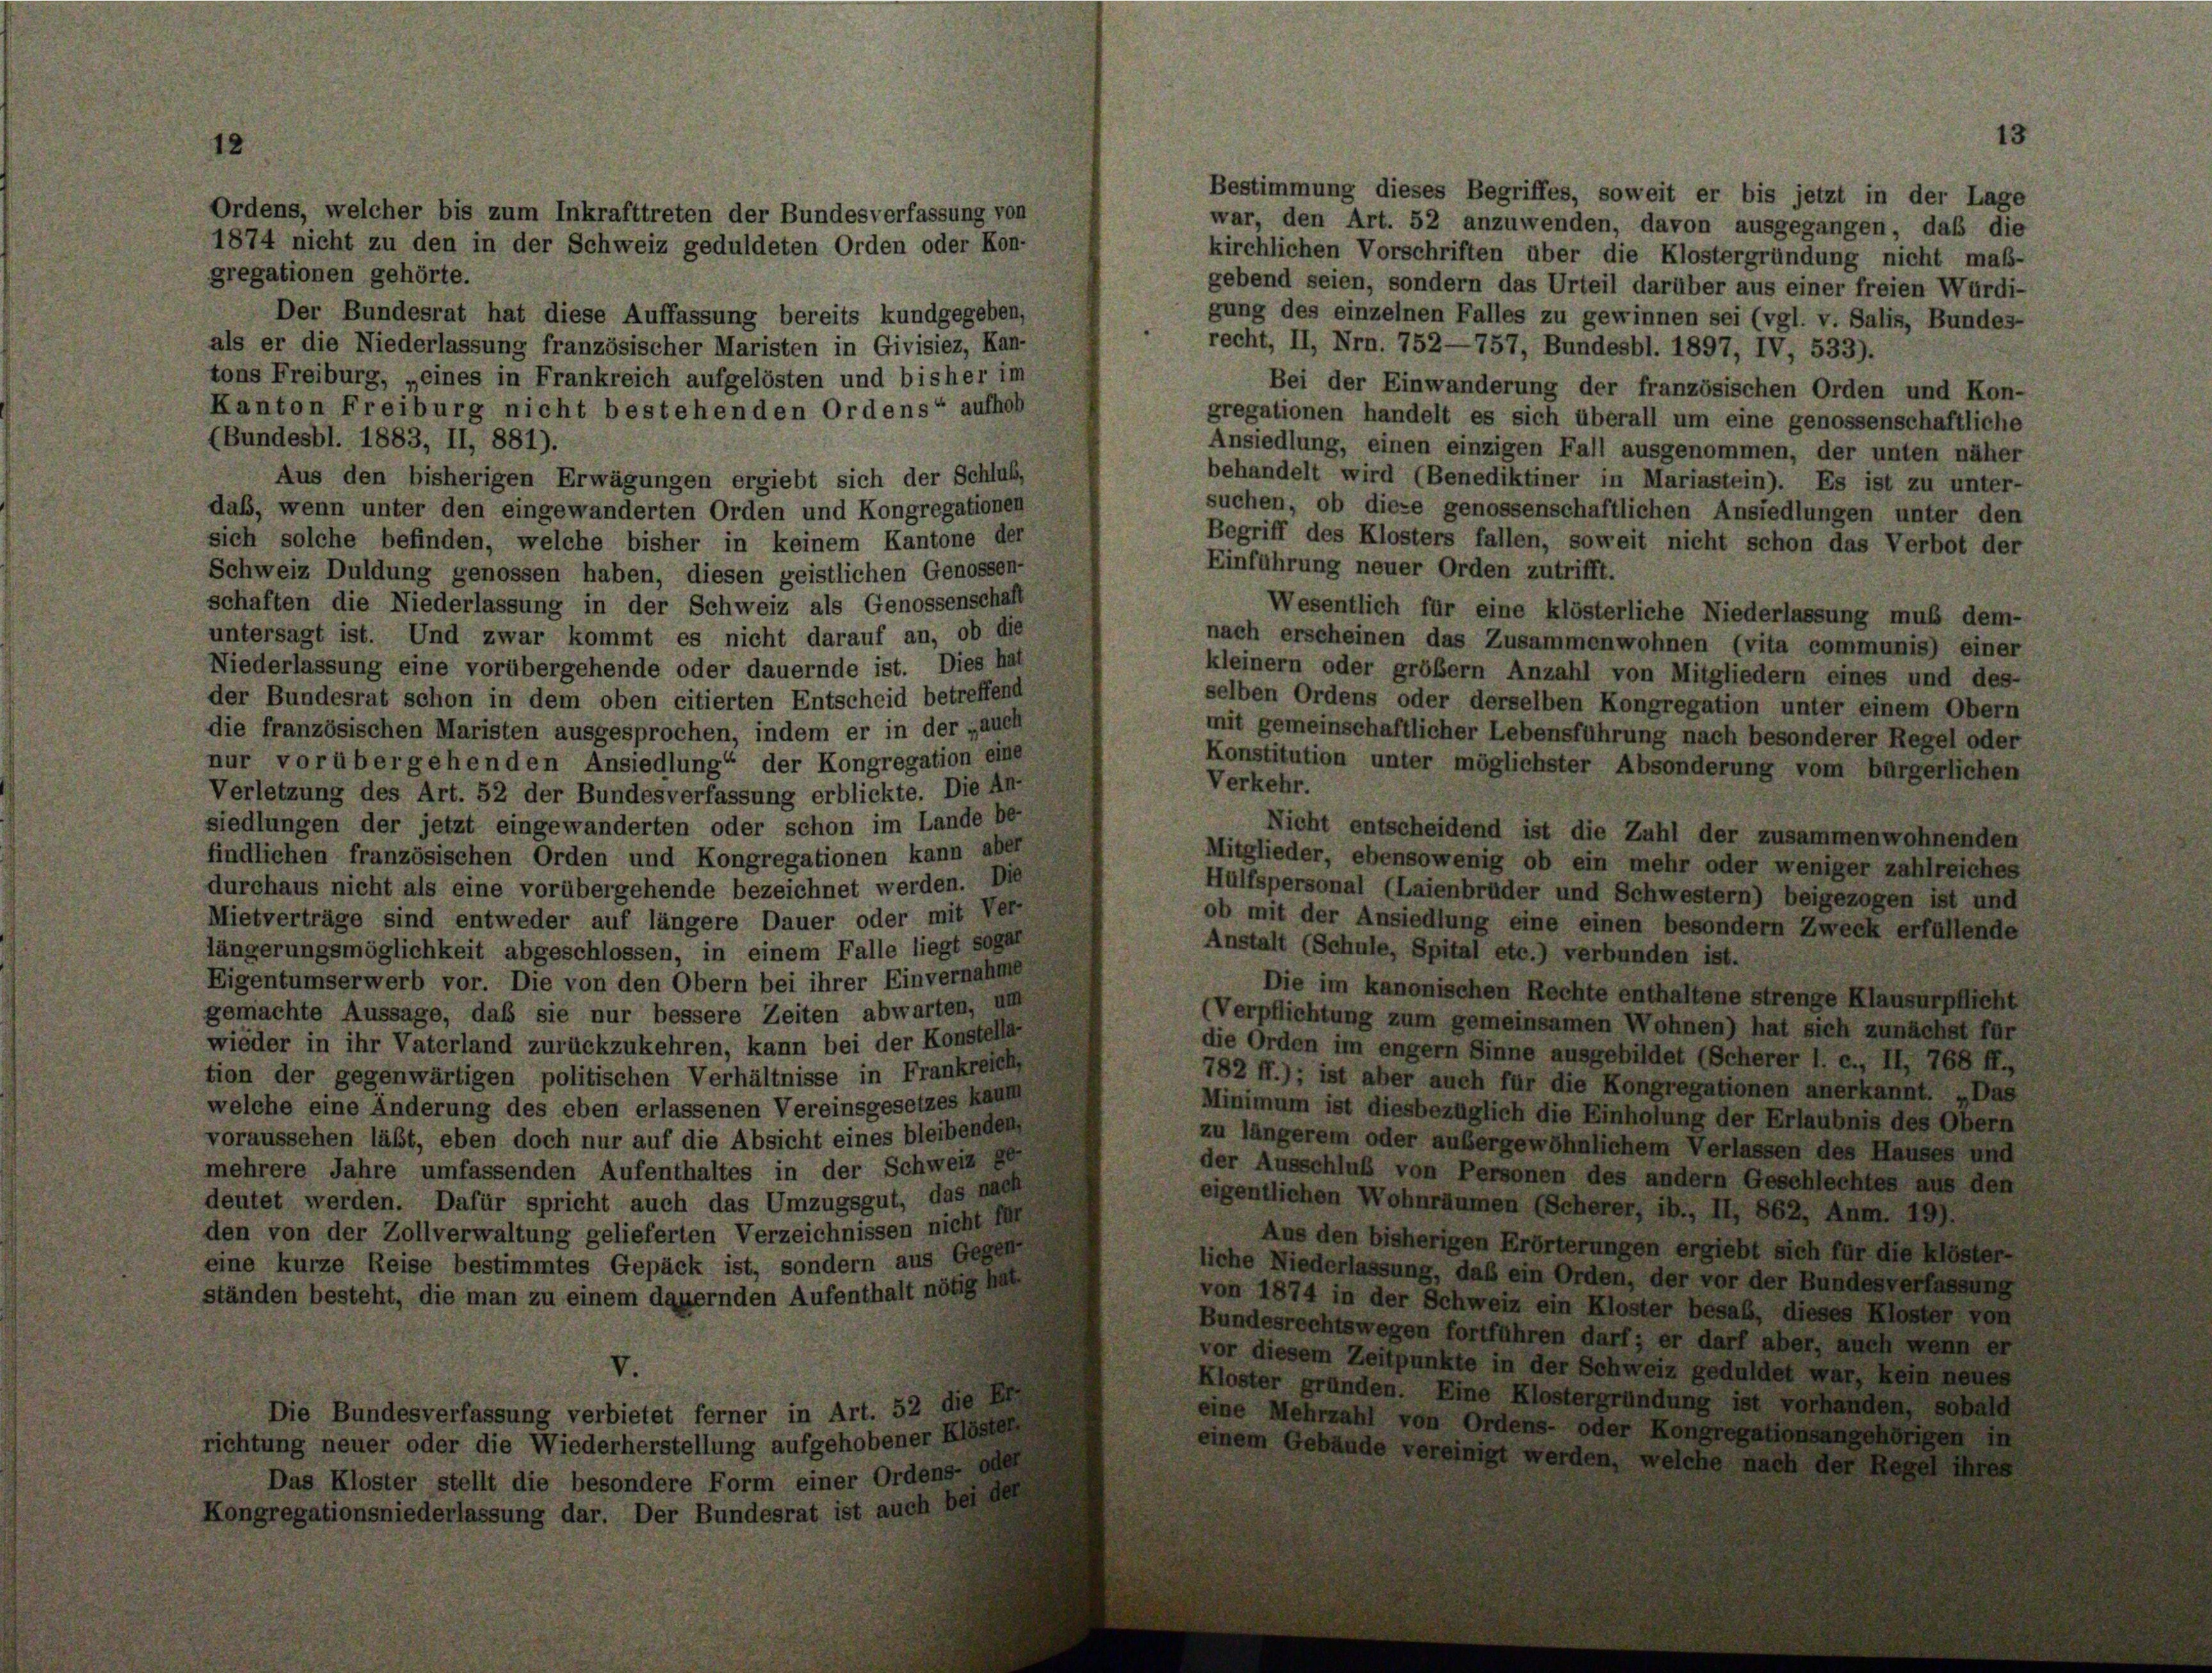
Bestimmung dieses Begriffes, soweit er bis jetzt in der Lage
war, den Art. 52 anzuwenden, davon ausgegangen, daß die
kirchlichen Vorschriften über die Klostergründung nicht maß-
gregationen gehörte.
gebend seien, sondern das Urteil darüber aus einer freien Wurdi-
Der Bundesrat hat diese Auffassung bereits kundgegeben,
gung des einzelnen Falles zu gewinnen sei (vgl. v. Salis, Bundes-
recht, II, Nr. 752—757, Bundesbl. 1897, IV, 533).
als er die Niederlassung französischer Maristen in Givisiez, Kan-
tons Freiburg, „eines in Frankreich aufgelösten und bisher im
Bei der Einwanderung der französischen Orden und Kon-
Kanton Freiburg nicht bestehenden Ordens“ aufhob
gregationen handelt es sich überall um eine genossenschaftliche
(Bundesbl. 1883, II, 881).
Ansiedlung, einen einzigen Fall ausgenommen, der unten näher
behandelt wird (Benediktiner in Mariastein). Es ist zu unter-
Aus den bisherigen Erwägungen ergiebt sich der Schluß,
suchen, ob diese genossenschaftlichen Ansiedlungen unter den
daß, wenn unter den eingewanderten Orden und Kongregationen
Begriff des Klosters fallen, soweit nicht schon das Verbot der
sich solche befinden, welche bisher in keinem Kantone der
Einführung neuer Orden zutrifft.
Schweiz Duldung genossen haben, diesen geistlichen Genossen-
schaften die Niederlassung in der Schweiz als Genossenschaft
Wesentlich für eine klösterliche Niederlassung muß dem-
untersagt ist. Und zwar kommt es nicht darauf an, ob die
nach erscheinen das Zusammenwohnen (vita communis) einer
Niederlassung eine vorübergehende oder dauernde ist. Dies hat
kleinern oder größer Anzahl von Mitgliedern eines und des-
der Bundesrat schon in dem oben citierten Entscheid betreffend
selben Ordens oder derselben Kongregation unter einem Obern
die französischen Maristen ausgesprochen, indem er in der „auch
mit gemeinschaftlicher Lebensführung nach besonderer Regel oder
nur vorübergehenden Ansiedlung“ der Kongregation eine
Konstitution unter möglichster Absonderung vom bürgerlichen
Verkehr.
Verletzung des Art. 52 der Bundesverfassung erblickte. Die An-
siedlungen der jetzt eingewanderten oder schon im Lande be-
Nicht entscheidend ist die Zuhl der zusammenwohnenden
findlichen französischen Orden und Kongregationen kann aber
Mitglieder, ebensowenig ob ein mehr oder weniger zahlreiches
durchaus nicht als eine vorübergehende bezeichnet werden. Die
Hülfspersonal (Laienbrüder und Schwestern) beigezogen ist und
Mietverträge sind entweder auf längere Dauer oder mit Ver-
ob mit der Ansiedlung eine einen besondern Zweck erfüllende
Anstalt (Schule, Spital etc.) verbunden ist.
längerungsmöglichkeit abgeschlossen, in einem Falle liegt sogar
Eigentumserwerb vor. Die von den Obern bei ihrer Einvernahme
Die im kanonischen Rechte enthaltene strenge Klausurpflicht
gemachte Aussage, daß sie nur bessere Zeiten abwarten, um
(Verpflichtung zum gemeinsamen Wohnen) hat sich zunächst für
wieder in ihr Vaterland zurückzukehren, kann bei der Konstellar
die Orden im engem Sinne ausgebildet (Scherer I. e., II, 768 ff.,
tion der gegenwärtigen politischen Verhältnisse in Frankreich,
782 ff.); ist aber auch für die Kongregationen anerkannt. „Das
welche eine Änderung des eben erlassenen Vereinsgesetzes kaum
Minimum ist diesbezüglich die Einholung der Erlaubnis des Obern
voraussehen läßt, eben doch nur auf die Absicht eines bleibenden
zu längerem oder ausergewöhnlichem Verlassen des Hauses und
mehrere Jahre umfassenden Aufenthaltes in der Schweiz ge
der Ausschluß von Personen des andern Geschlechtes aus den
deutet werden. Dafür spricht auch das Umzugsgut, das nach
eigentlichen Wohnräumen (Scherer, ib., II, 862, Anm. 19).
den von der Zollverwaltung gelieferten Verzeichnissen nicht I
Aus den bisherigen Erörterungen ergiebt sich für die Klöster-
eine kurze Reise bestimmtes Gepäck ist, sondern aus Gegen
liche Niederlassung, daß ein Orden, der vor der Bundesverfassung
von 1874 in der Schw
ständen besteht, die man zu einem dauernden Aufenthalt nötig hat

Ordens, welcher bis zum Inkrafttreten der Bundesverfassung von
1874 nicht zu den in der Schweiz geduldeten Orden oder Kon-

sverfassung verbietet ferner in Art.
der die Wiederherstellung aufgeho
r stellt die besondere Form einer E